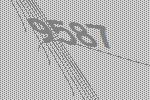
9587